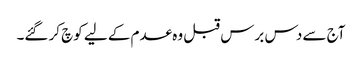
آج سے دس برس قبل وہ عدم کے لیے کوچ کر گئے۔